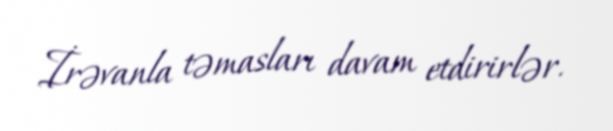
İrəvanla təmasları davam etdirirlər.